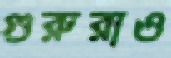
গুরুরাও